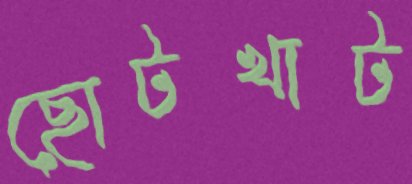
ছোটখাট